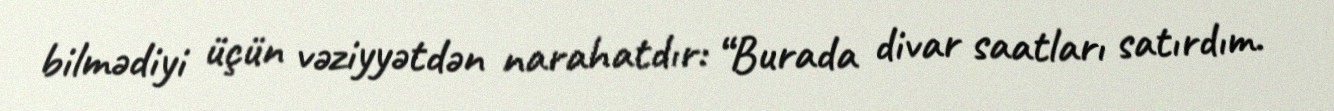
bilmədiyi üçün vəziyyətdən narahatdır: “Burada divar saatları satırdım.